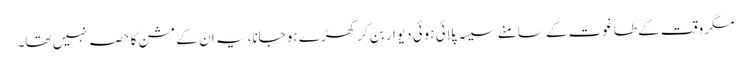
مگر وقت کے طاغوت کے سامنے سیسہ پلائی ہوئی دیوار بن کر کھڑے ہو جانا، یہ ان کے مشن کا حصہ نہیں تھا۔